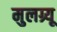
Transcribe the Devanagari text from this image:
मुलग्र्यू